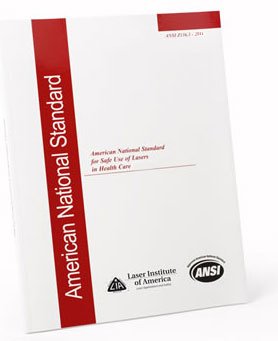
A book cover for American National Standard for Safe Use of Lasers in Health Care ANSI Z136.3 - 2011; Z136 Committee; Medical Books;